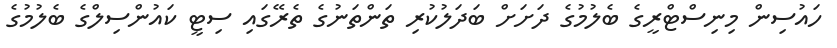
ހައުސިން މިނިސްޓްރީގެ ބެލުމުގެ ދަށަށް ބަދަލުކުރި ތަންތަނުގެ ތެރޭގައި ސިޓީ ކައުންސިލްގެ ބެލުމުގެ